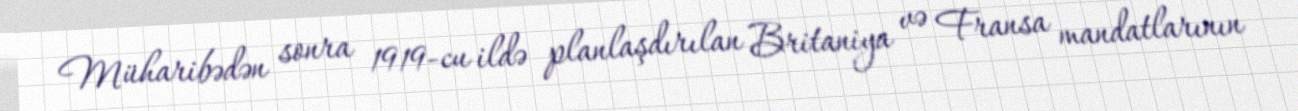
Müharibədən sonra 1919-cu ildə planlaşdırılan Britaniya və Fransa mandatlarının